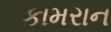
કામરાન